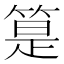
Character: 䈕